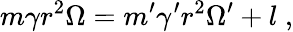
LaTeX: m\gamma r^{2}\Omega=m^{\prime}\gamma^{\prime}r^{2}\Omega^{\prime}+l\; ,